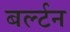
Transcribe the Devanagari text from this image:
बर्ल्टन